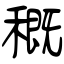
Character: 穊